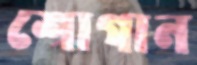
শোগান